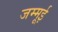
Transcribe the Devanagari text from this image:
जम्मूई